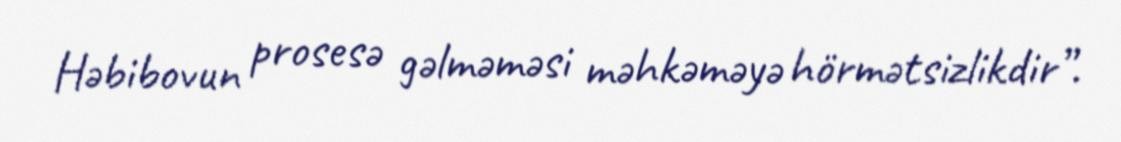
Həbibovun prosesə gəlməməsi məhkəməyə hörmətsizlikdir”.